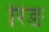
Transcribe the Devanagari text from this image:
रिङ